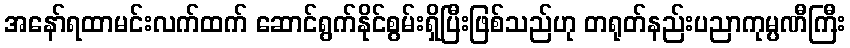
အနော်ရထာမင်းလက်ထက် ဆောင်ရွက်နိုင်စွမ်းရှိပြီးဖြစ်သည်ဟု တရုတ်နည်းပညာကုမ္ပဏီကြီး